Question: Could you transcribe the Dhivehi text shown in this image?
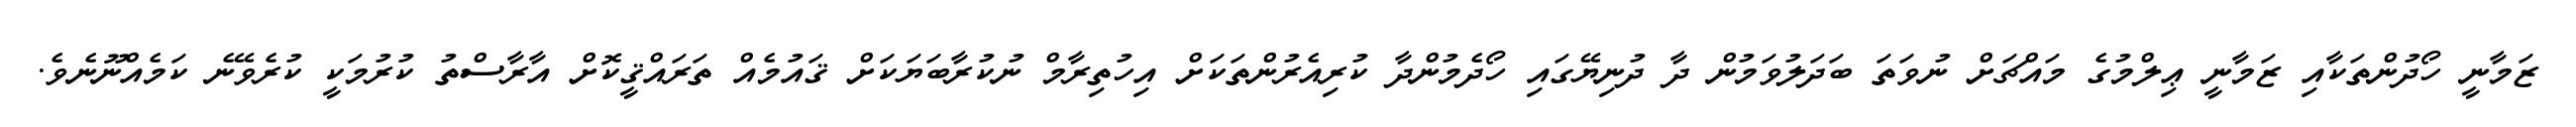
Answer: ޒަމާނީ ހޯދުންތަކާއި ޒަމާނީ ޢިލްމުގެ މައްޗަށް ނުވަތަ ބަދަލުވަމުން ދާ ދުނިޔޭގައި ހޯދެމުންދާ ކުރިއެރުންތަކަށް އިހުތިރާމް ނުކުރާބަޔަކަށް ޤައުމެއް ތަރައްޤީކޮށް އާރާސްތު ކުރުމަކީ ކުރެވޭނެ ކަމެއްނޫނެވެ.